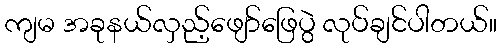
ကျမ အခုနယ်လှည့်ဖျော်ဖြေပွဲ လုပ်ချင်ပါတယ်။